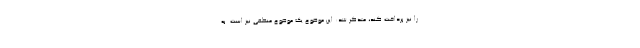
را نیز پرداخت کند، متذکر شد: این موضوع یک موضوع منطقی نیز است. به